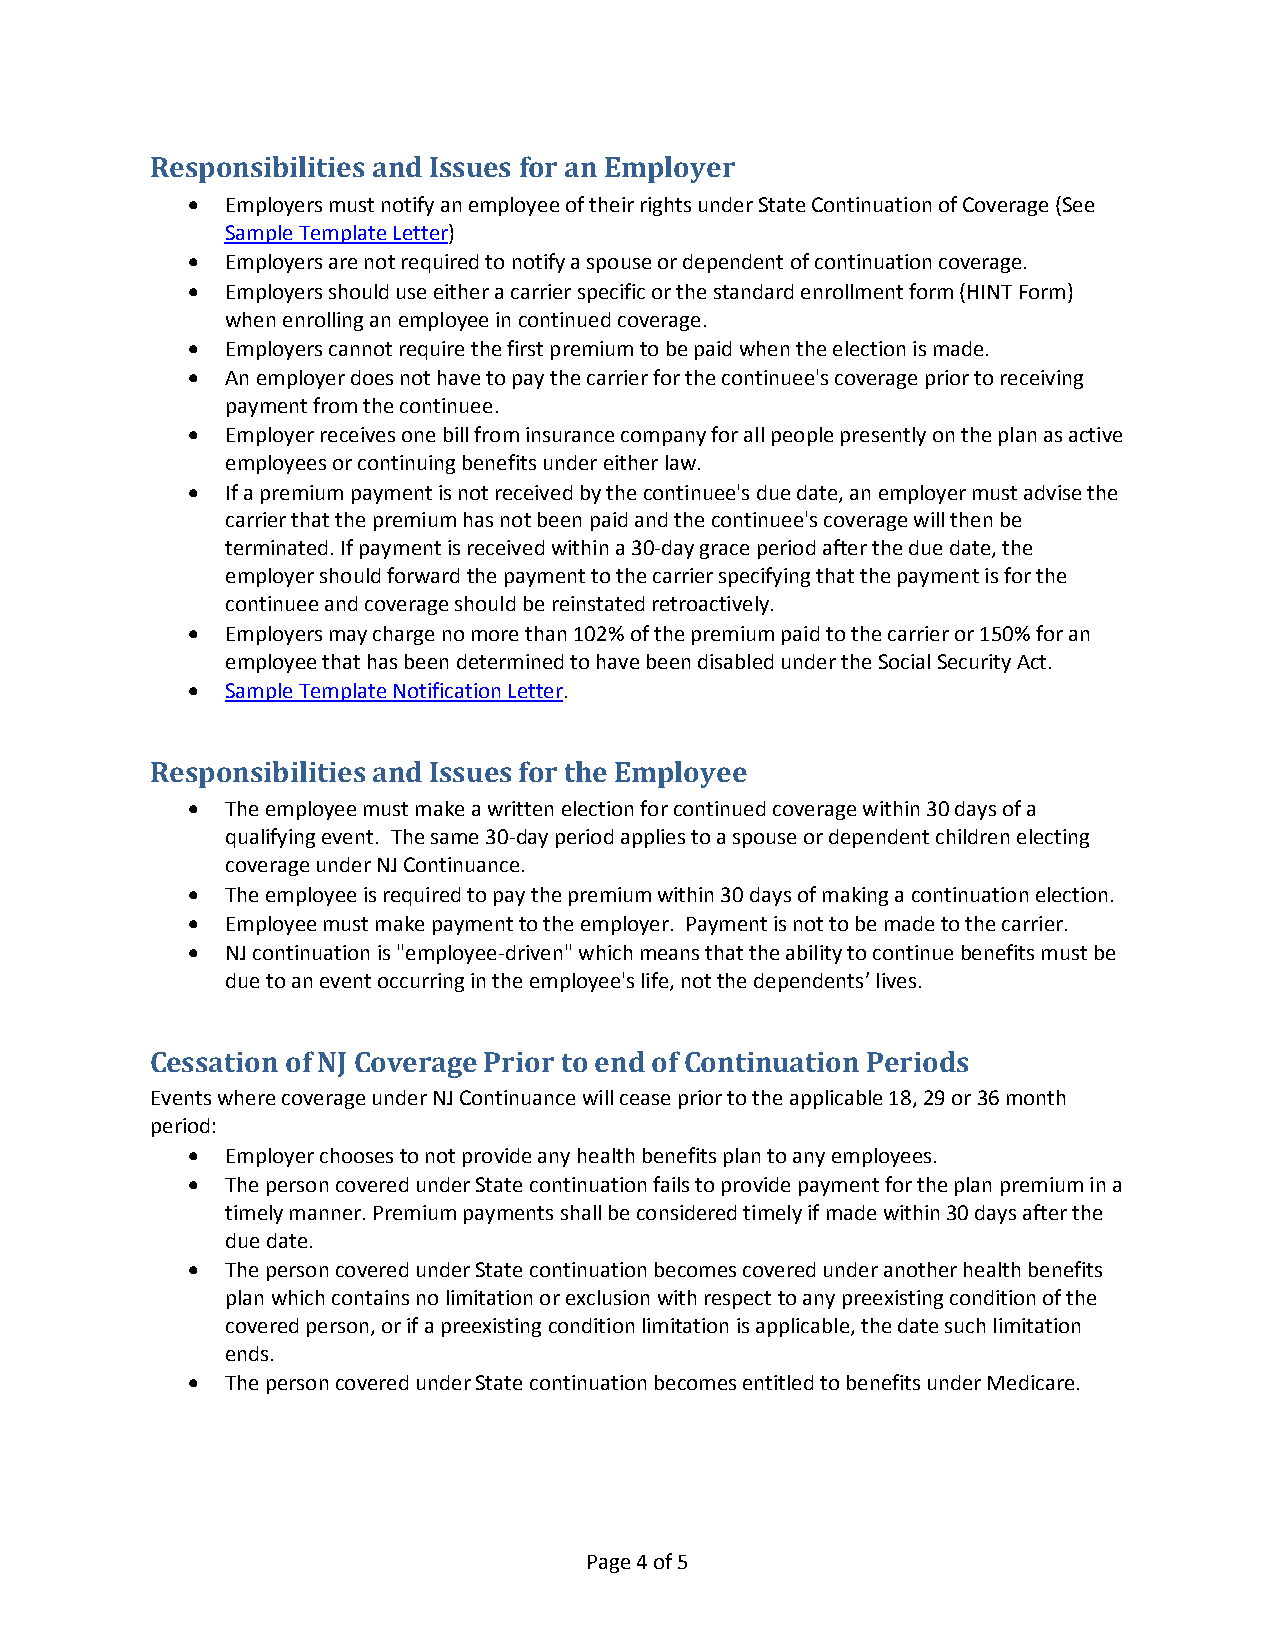
Responsibilities and Issues for an Employer
 •  Employers must notify an employee of their rights under State Continuation of Coverage (See
 Sample Template Letter)
 •  Employers are not required to notify a spouse or dependent of continuation coverage.
 •  Employers should use either a carrier specific or the standard enrollment form (HINT Form)
 when enrolling an employee in continued coverage.
 •  Employers cannot require the first premium to be paid when the election is made.
 •  An employer does not have to pay the carrier for the continuee's coverage prior to receiving
 payment from the continuee.
 •  Employer receives one bill from insurance company for all people presently on the plan as active
 employees or continuing benefits under either law.
 •  If a premium payment is not received by the continuee's due date, an employer must advise the
 carrier that the premium has not been paid and the continuee's coverage will then be
 terminated. If payment is received within a 30-day grace period after the due date, the
 employer should forward the payment to the carrier specifying that the payment is for the
 continuee and coverage should be reinstated retroactively.
 •  Employers may charge no more than 102% of the premium paid to the carrier or 150% for an
 employee that has been determined to have been disabled under the Social Security Act.
 •  Sample Template Notification Letter.
 Responsibilities and Issues for the Employee
 •  The employee must make a written election for continued coverage within 30 days of a
 qualifying event. The same 30-day period applies to a spouse or dependent children electing
 coverage under NJ Continuance.
 •  The employee is required to pay the premium within 30 days of making a continuation election.
 •  Employee must make payment to the employer. Payment is not to be made to the carrier.
 •  NJ continuation is "employee-driven" which means that the ability to continue benefits must be
 due to an event occurring in the employee's life, not the dependents’ lives.
 Cessation of NJ Coverage Prior to end of Continuation Periods
 Events where coverage under NJ Continuance will cease prior to the applicable 18, 29 or 36 month
 period:
 •  Employer chooses to not provide any health benefits plan to any employees.
 •  The person covered under State continuation fails to provide payment for the plan premium in a
 timely manner. Premium payments shall be considered timely if made within 30 days after the
 due date.
 •  The person covered under State continuation becomes covered under another health benefits
 plan which contains no limitation or exclusion with respect to any preexisting condition of the
 covered person, or if a preexisting condition limitation is applicable, the date such limitation
 ends.
 •  The person covered under State continuation becomes entitled to benefits under Medicare.
 Page 4 of 5